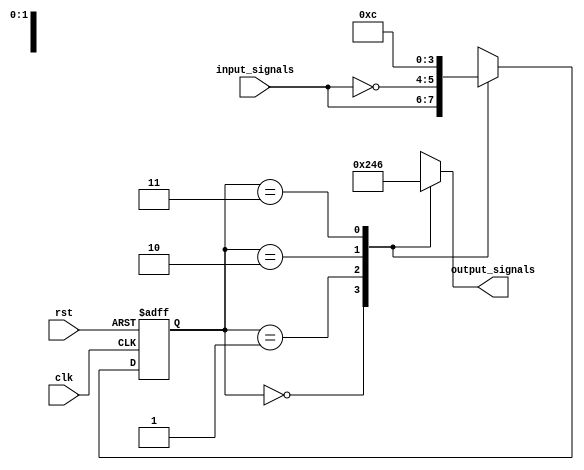
module FSM (
  input clk,
  input rst,
  input [1:0] input_signals,
  output reg [3:0] output_signals
);

// State register
reg [1:0] current_state;
reg [1:0] next_state;

// State transition logic
always @(posedge clk or posedge rst) begin
  if (rst) begin
    current_state <= 2'b00; // Initial state
  end else begin
    current_state <= next_state;
  end
end

// Output generation logic
always @(*) begin
  case (current_state)
    2'b00: output_signals <= 4'b0000; // Output for state 00
    2'b01: output_signals <= 4'b0010; // Output for state 01
    2'b10: output_signals <= 4'b0100; // Output for state 10
    2'b11: output_signals <= 4'b0110; // Output for state 11
  endcase
end

// State transition and output assignment logic
always @(*) begin
  case (current_state)
    2'b00: next_state = input_signals; // Next state for state 00 based on input_signals
    2'b01: next_state = ~input_signals; // Next state for state 01 based on input_signals
    2'b10: next_state = 2'b11; // Next state for state 10
    2'b11: next_state = 2'b00; // Next state for state 11
  endcase
end

endmodule